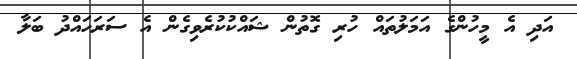
އަދި އެ މީހުންގެ އަމަލުތައް ހުރި ގޮތުން ޝައްކުކުރެވިގެން އެ ސަރަހައްދު ބަލާ